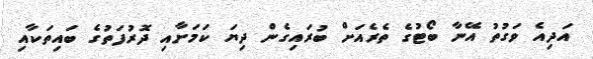
އަދިއެ ވަގުތު އޭނާ ބޯޓުގެ ތެރެއަށް ބުރައިގެން ދިޔަ ކަމަށާއި ދޮރުފަތުގެ ބައިތަކާއި